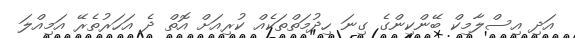
އަދި އިސްލާމިކް ބޭންކިންގެ ގިނަ ހިދުމަތްތަކެއް ކުރިއަށް އޮތް ދެ އަހަރުތެރޭ އަމިއްލަ